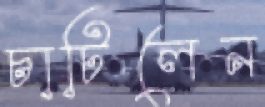
চাটিলেন